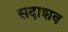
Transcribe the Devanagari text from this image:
सदाशव